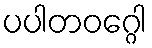
ပပါတဝဂ္ဂေါ